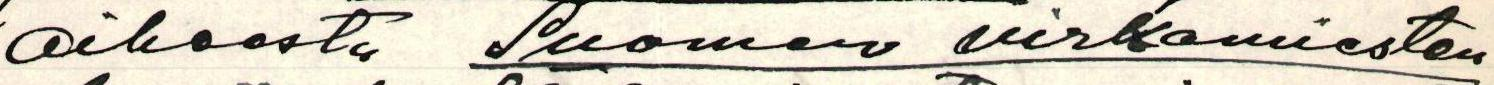
oikeasti Suomen virkamiesten